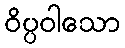
ဝိပ္ပဝါသော